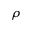
\rho